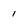
Character: 1